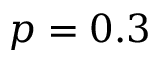
p = 0 . 3